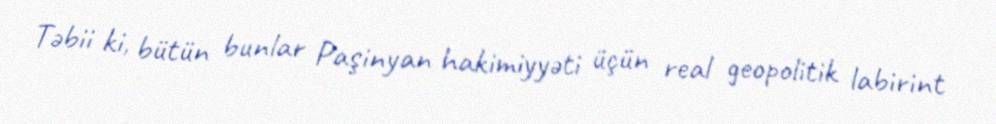
Təbii ki, bütün bunlar Paşinyan hakimiyyəti üçün real geopolitik labirint